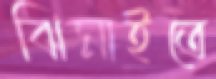
ঝিমাইতে